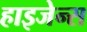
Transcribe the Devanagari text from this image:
हाइजेन्स